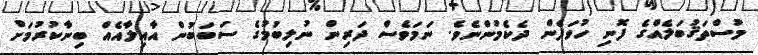
މުސްތަޤުބަލެއްގެ ފޮނި ހުވަފެން ދެކެމުންނެވެ. ނަމަވެސް ދަރިން ނުލިބުމުގެ ސަބަބުން އާއިލާއެއް ބިނާކުރުމަށް